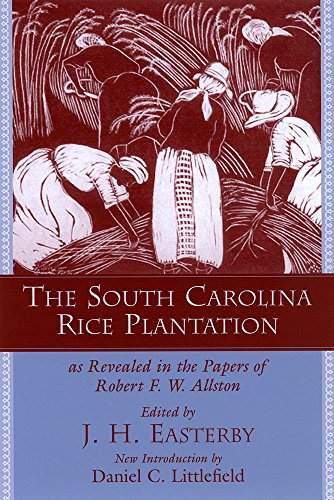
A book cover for The South Carolina Rice Plantation as Revealed in the Papers of Robert F. W. Allston (Southern Classics); History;